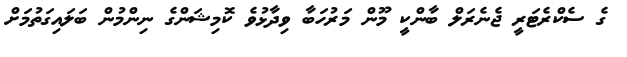
ގެ ސެކްރެޓަރީ ޖެނެރަލް ބާންކީ މޫން މަރުހަބާ ވިދާޅުވެ ކޮމިޝަންގެ ނިންމުން ބަލައިގަތުމަށް